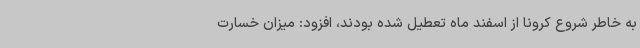
به خاطر شروع کرونا از اسفند ماه تعطیل شده بودند، افزود: میزان خسارت